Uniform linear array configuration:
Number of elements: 4
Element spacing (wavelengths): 0.25
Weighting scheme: blackman
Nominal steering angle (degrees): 30
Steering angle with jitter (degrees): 30.221
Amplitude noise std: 0.05
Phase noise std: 0.05

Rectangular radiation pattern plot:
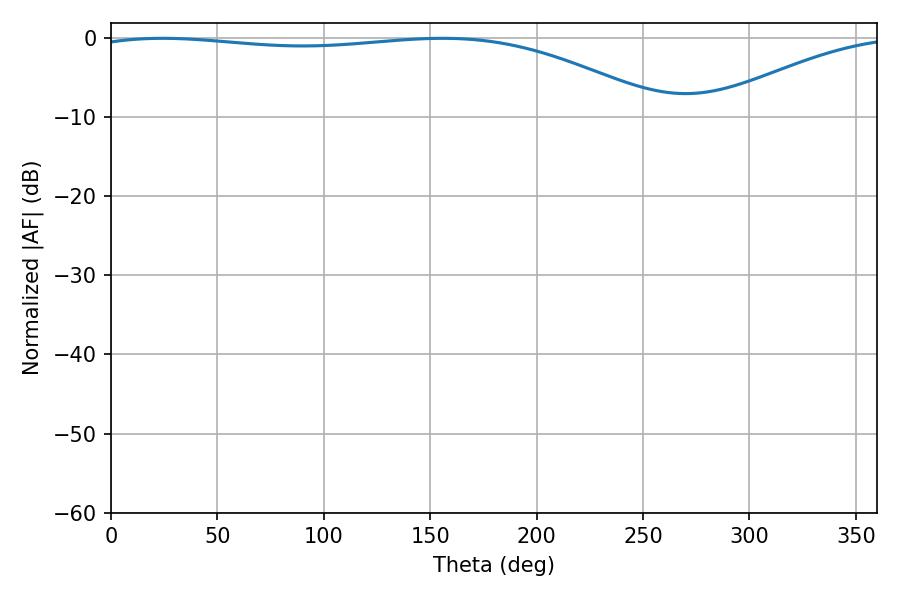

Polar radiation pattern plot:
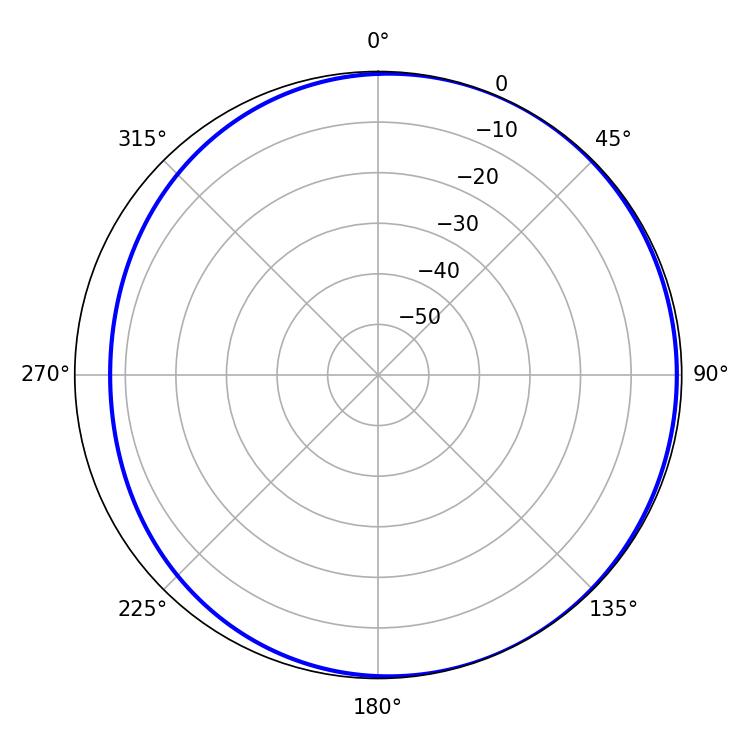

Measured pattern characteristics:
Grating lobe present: FALSE
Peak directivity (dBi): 2.718
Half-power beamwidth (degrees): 216
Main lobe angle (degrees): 24.3